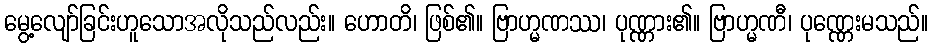
မွေ့လျော်ခြင်းဟူသောအလိုသည်လည်း။ ဟောတိ၊ ဖြစ်၏။ ဗြာဟ္မဏဿ၊ ပုဏ္ဏား၏။ ဗြာဟ္မဏီ၊ ပုဏ္ဏေးမသည်။